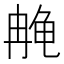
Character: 𫜳